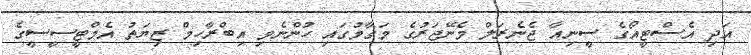
އަދި އެސްޓީއޯގެ ސީނިއާ ޖެނެރަލް މެނޭޖަރުގެ މަގާމުގައި ހުންނެވި އިބްރާހިމް ޒިޔަތު އެމްޓީސީސީގެ